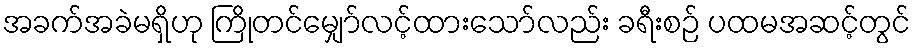
အခက်အခဲမရှိဟု ကြိုတင်မျှော်လင့်ထားသော်လည်း ခရီးစဉ် ပထမအဆင့်တွင်